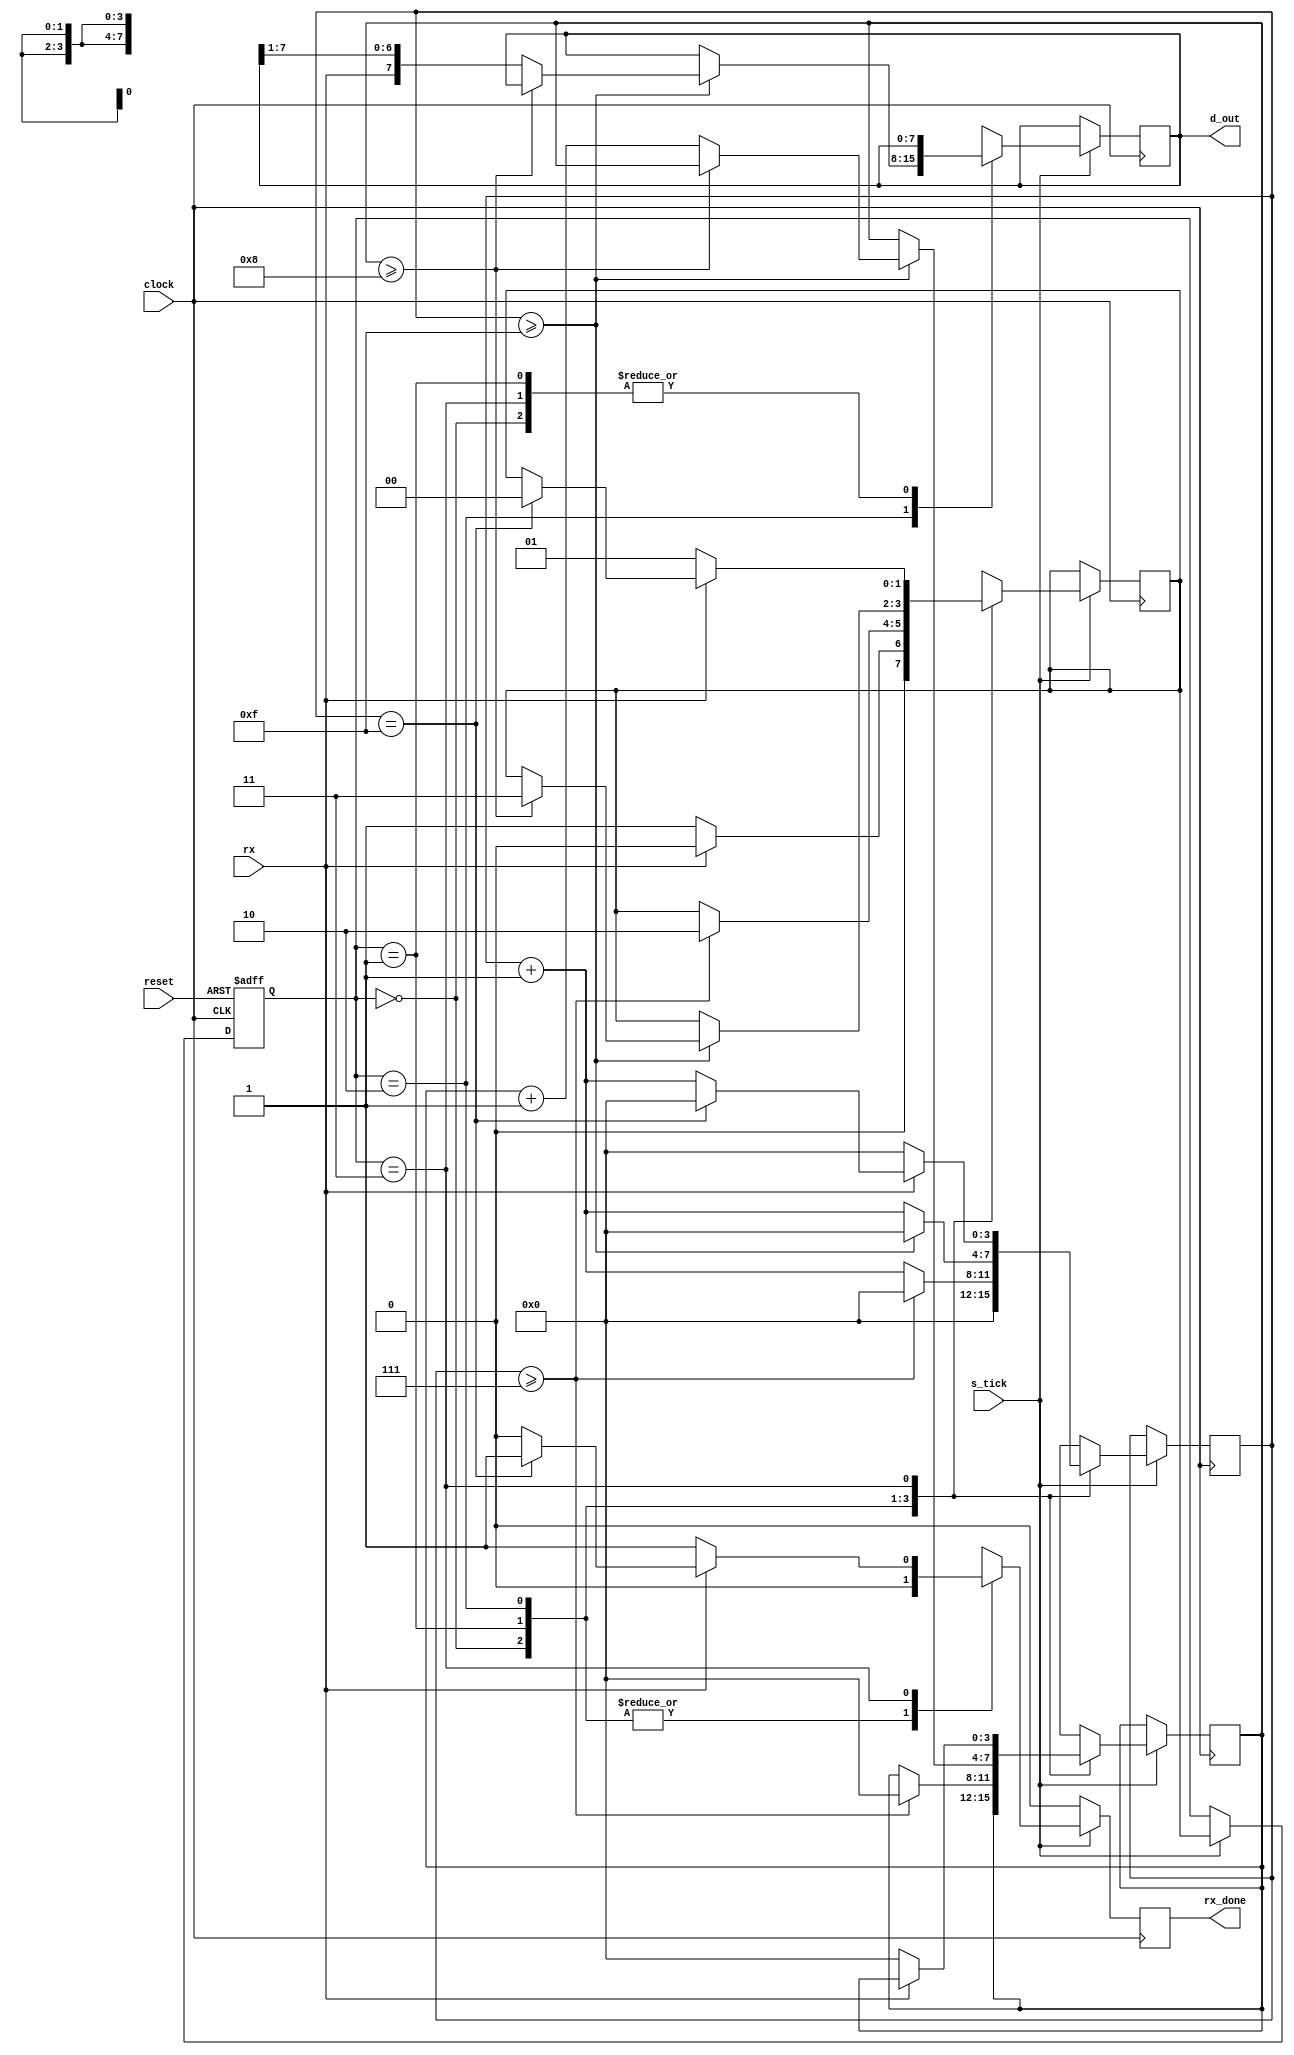
module UART_rx_2(
	input rx,					
	input s_tick,				
	input reset,
	input clock,				
	output reg rx_done,		
	output reg [7:0] d_out	
);
	localparam [1:0]	IDLE = 0,
							START = 1,
							DATA = 2,
							STOP = 3;
	localparam 			D_BIT = 8,
							B_start= 0,
							B_stop= 1;
	reg [1:0] current_state, next_state;
	reg [3:0] s;
	reg [3:0] n;
	always @(posedge clock, posedge reset) begin
		if(reset)
			current_state <= IDLE ;
		else
			current_state <= s_tick ? next_state : current_state;
	end
	always @(posedge clock) begin
		if(rx_done==1)begin
			rx_done = 0;
		end
		if(s_tick) begin
			case(current_state)
				IDLE: begin
					rx_done=0;
					s = 0;
					next_state = (rx == B_start) ? START : IDLE;
				end
				START: begin
					rx_done=0;
					if(s >= 7) begin
						s = 0;
						n = 0;
						next_state = DATA;
					end
					else begin
						s = s + 1;
					end
				end
				DATA: begin
					if(s >= 15) begin
						s = 0;
						if(n >= D_BIT) begin
							next_state = STOP;
						end
						else begin
							d_out = {rx,d_out[7:1]};
							n = n + 1;
						end
					end
					else begin
						s = s + 1;
					end
				end
				STOP: begin
				   if(rx==0)begin
						rx_done = 1;
						next_state = START;
						s = 0;
						n = 0;					
					end
					else if(s == 15) begin
						rx_done = 1;
						s=0;
						next_state = IDLE;
					end
					else begin
						s = s + 1;
					end
				end
			endcase
		end
	end
endmodule